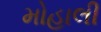
મોહાલી